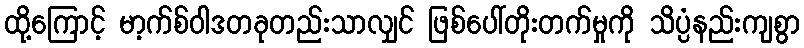
ထို့ကြောင့် မာ့က်စ်ဝါဒတခုတည်းသာလျှင် ဖြစ်ပေါ်တိုးတက်မှုကို သိပ္ပံနည်းကျစွာ